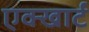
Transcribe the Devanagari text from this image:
एक्खार्ट